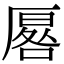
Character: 厬